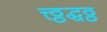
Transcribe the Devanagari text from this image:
त्त्ठ्ठद्धठ्ठ